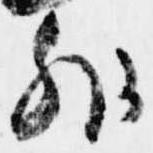
外